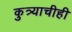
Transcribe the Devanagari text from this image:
कुत्र्याचीही